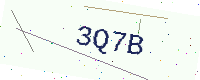
Text: 3Q7B